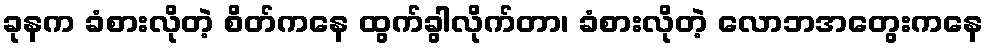
ခုနက ခံစားလိုတဲ့ စိတ်ကနေ ထွက်ခွါလိုက်တာ၊ ခံစားလိုတဲ့ လောဘအတွေးကနေ